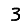
Digit: 3